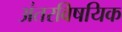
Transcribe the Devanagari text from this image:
अंतरविषयिक